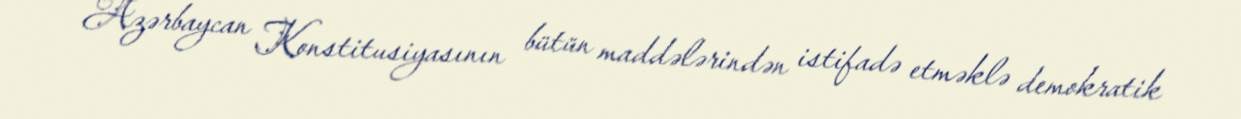
Azərbaycan Konstitusiyasının bütün maddələrindən istifadə etməklə demokratik